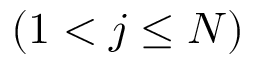
( 1 < j \leq N )